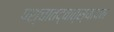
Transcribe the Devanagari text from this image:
पश्चातद्वात्स्यायन